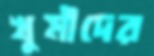
খুমীদের